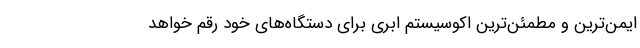
ایمن‌ترین و مطمئن‌ترین اکوسیستم ابری برای دستگاه‌های خود رقم خواهد